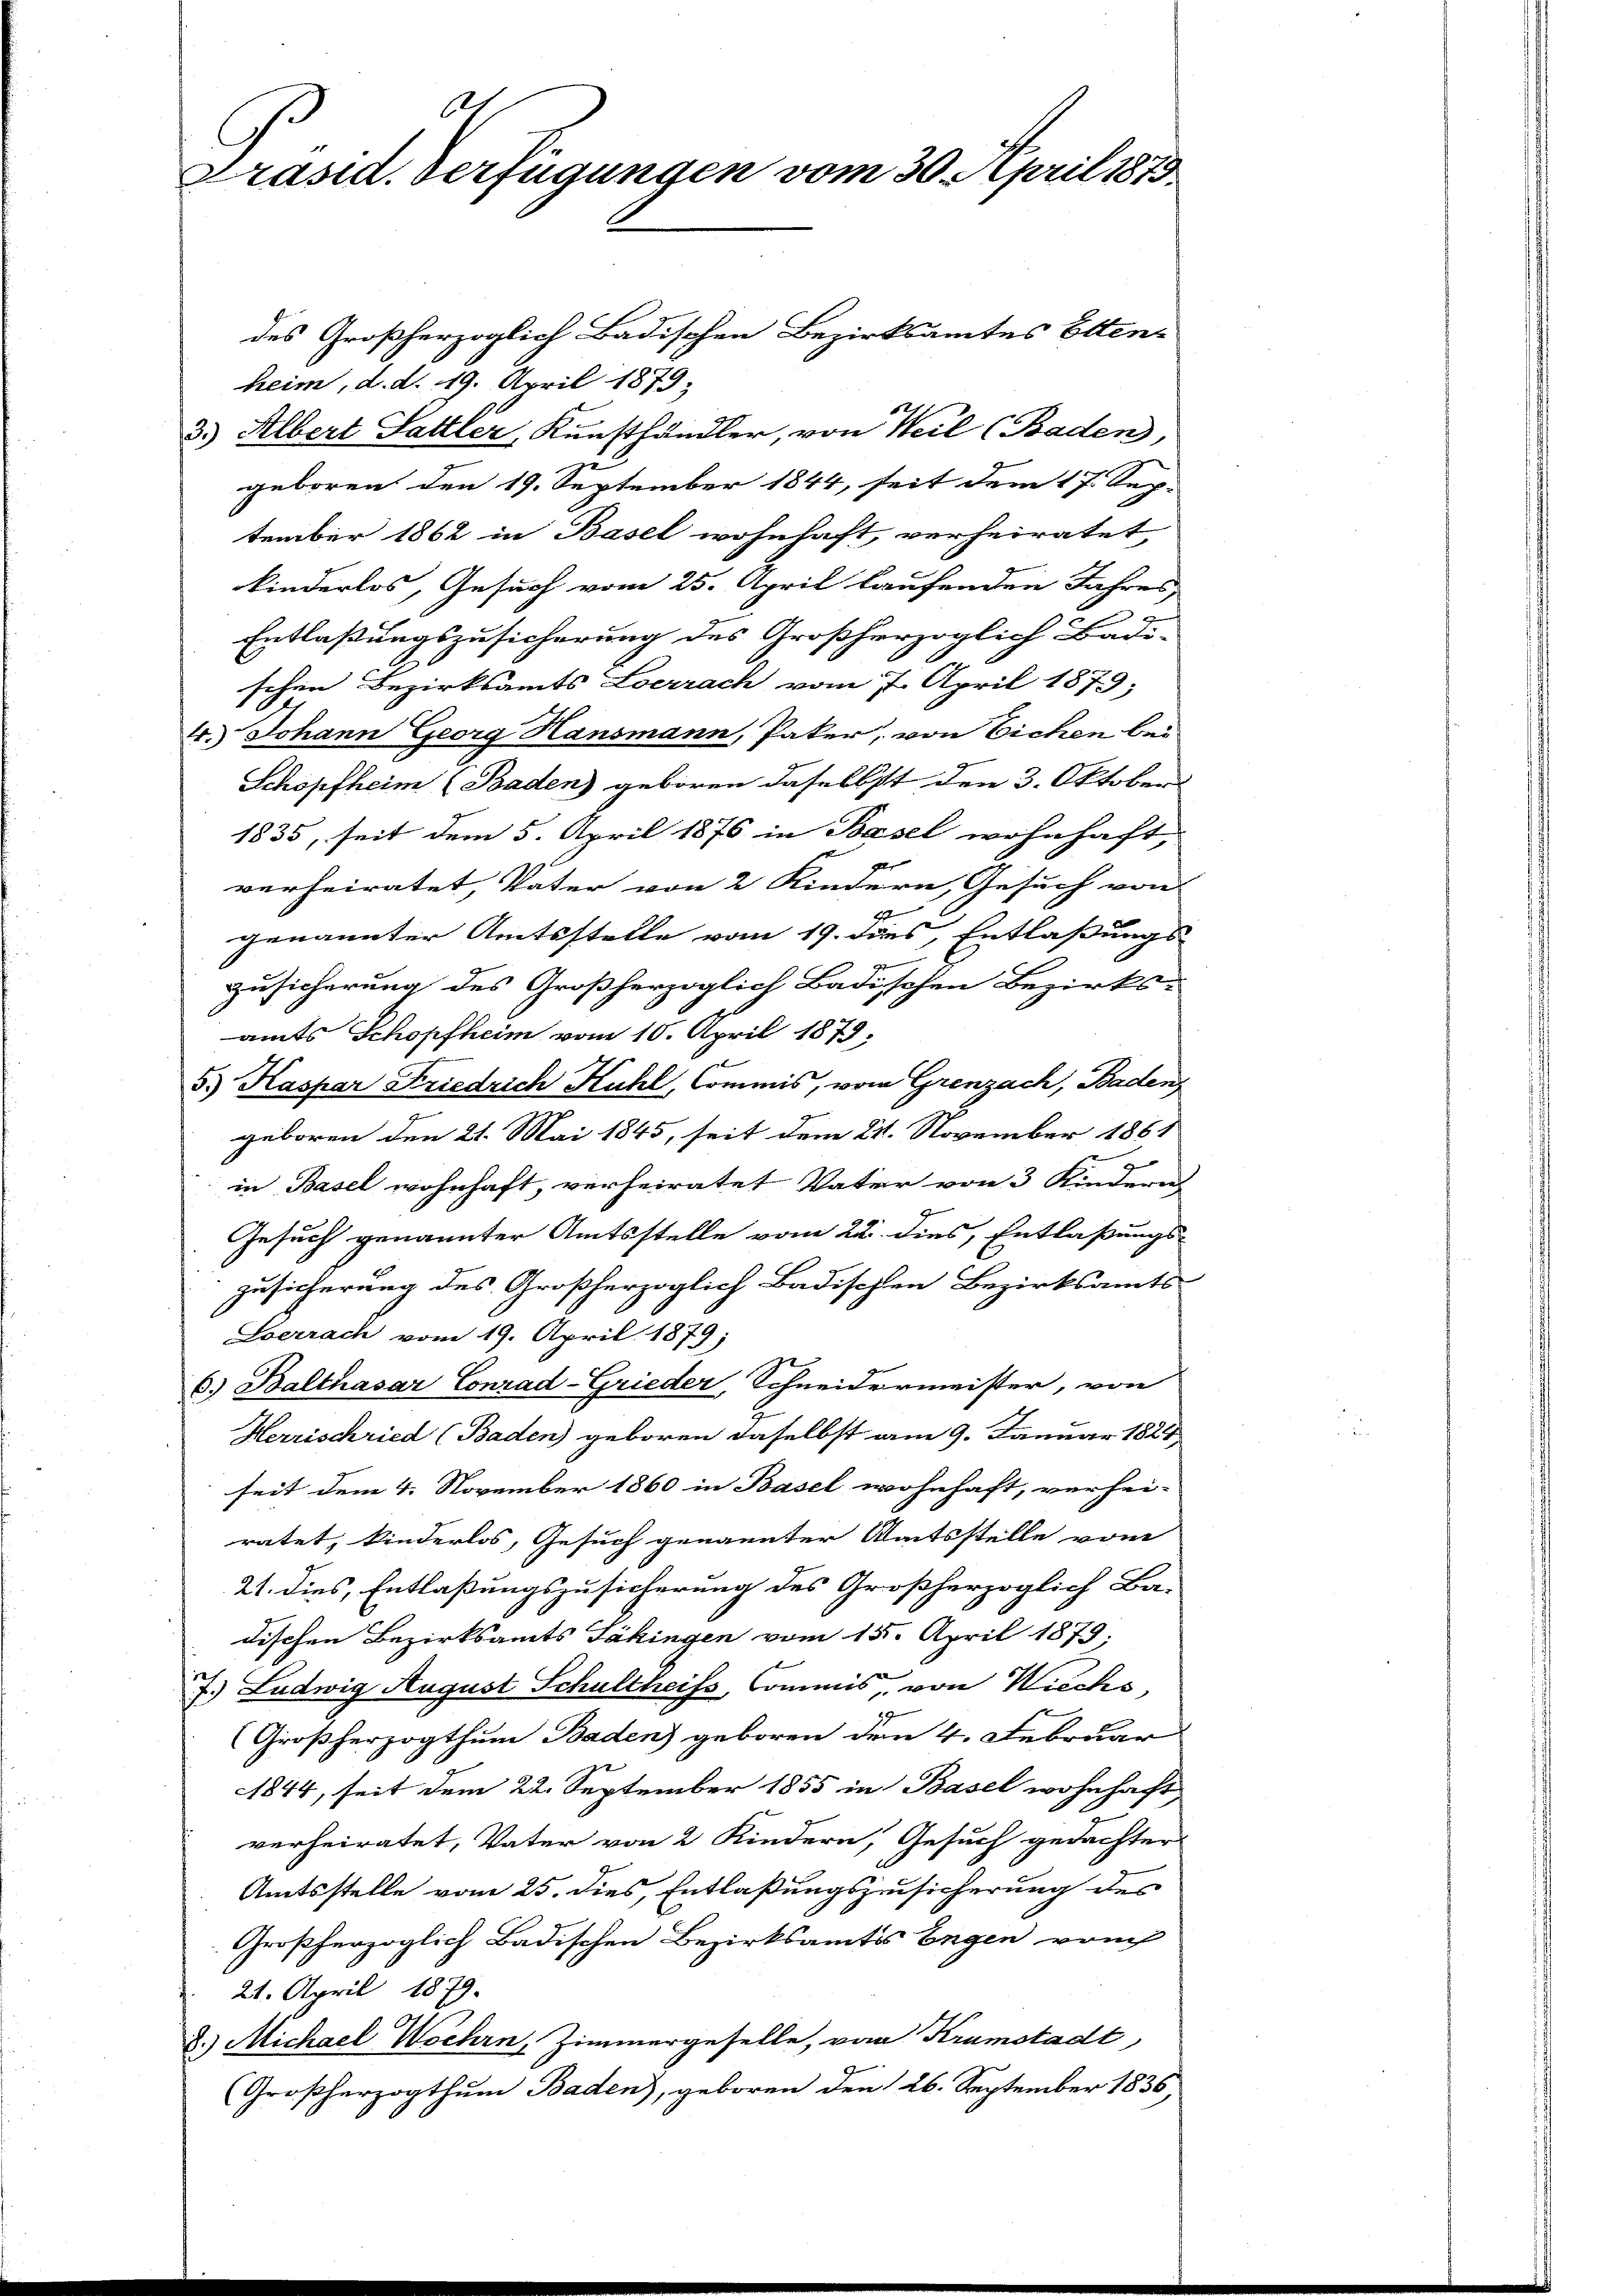
621
Präsid. Verfügungen vom 30. April 1875.

des Großherzoglich Badischen Bezirksamtes Ettenz
heim, d. d. 19. April 1879;
3.) Albert Sattler, Kunsthändler, von Weil (Baden,
geboren den 19. September 1844, seit dem 17. Sep-
tember 1862 in Basel wohnhaft, verheiratet
kinderlos, Gesuch vom 25. April laufenden Jahres
n
.
Entlaßungszusicherung des Großherzoglich Badi-
schen Bezirksamts Loerrach vom 7. April 1879;
4.) Johann Georg Hansmann, Pater, von Eichen bei
Schopfheim (Baden) geboren daselbst den 3. Oktober
1835, seit dem 5. April 1876 in Basel wohnhaft,
verheiratet, Vater von 2 Kindern, Gesuch von
genannter Amtsstelle vom 19. dies, Entlassungs
Zusicherung des Großherzoglich Badischen Bezirks-
amts Schopfheim vom 10. April 1879;
5.) Kaspar Friedrich Kuhl, Commis, vom Grenzach, Baden
geboren den 21. Mai 1845, seit dem 24. November 1861
in Basel wohnhaft, verheiratet Vater von 3 Kindern
Gesuch genannter Amtsstelle vom 22. dies, Entlaßungs-
zusicherung des Großherzoglich Badischen Bezirksamts-
Serrach vom 19. April 1879;
6.) Balthasar Conrad-Grieder, Schneidermeister, von
Herrischried (Baden) geboren daselbst am 9. Januar 1824,
seit dem 4. November 1860 in Basel wohnhaft, verhei-
ratet, kinderlos, Gesuch genannter Amtsstelle vom
21. dies, Entlaßungszusicherung des Großherzoglich Ba-
dischen Bezirksamts Säkingen vom 15. April 1879;
.) Ludwig August Schultheiss, Commis von Wiechs,
(Großherzogthum Baden) geboren dem 4. Februar
27
1844, seit dem 22. September 1855 in Basel wohnhaft
verheiratet, Vater von 2 Kindern, Gesuch gedachter
Amtsstelle vom 25. dies, Entlaßungszusicherung des
Großherzoglich Badischen Bezirksamtes Engen vom
21. April 1879.
8.) Michael Wochen, Zimmergeselle, von Krumstadt,
(Großherzogthum Baden), geboren den 26. September 1836,